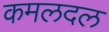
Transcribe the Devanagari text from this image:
कमलदल